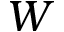
W